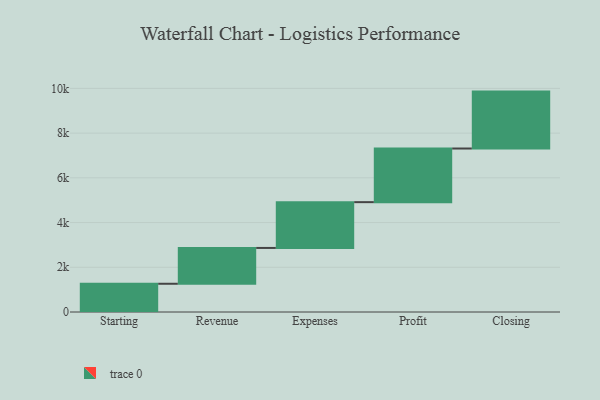
{"axis": {"x": "Step", "y": "Value"}, "legend": [""], "data": [{"x": "Starting", "y": 1263.0, "type": ""}, {"x": "Revenue", "y": 1602.0, "type": ""}, {"x": "Expenses", "y": 2048.0, "type": ""}, {"x": "Profit", "y": 2399.0, "type": ""}, {"x": "Closing", "y": 2545.0, "type": ""}]}